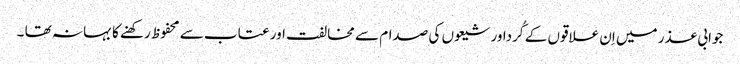
جوابی عذر میں اِن علاقوں کے کُرداور شیعوں کی صدام سے مخالفت اور عتاب سے محفوظ رکھنے کا بہانہ تھا ۔